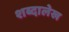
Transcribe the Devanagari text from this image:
शब्दालेख